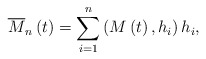
\begin{align*}\overline{M}_{n}\left( t\right) =\sum\limits_{i=1}^{n}\left( M\left(t\right) ,h_{i}\right) h_{i}, \end{align*}